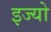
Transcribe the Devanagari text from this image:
इज्यो